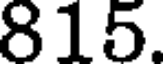
815.